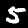
Digit: 5